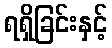
ရရှိခြင်းနှင့်